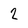
Character: 2